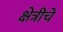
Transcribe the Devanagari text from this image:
क्षेत्रीचे